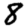
Digit: 8